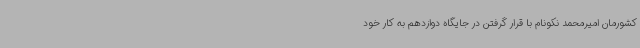
کشورمان امیرمحمد نکونام با قرار گرفتن در جایگاه دوازدهم به کار خود